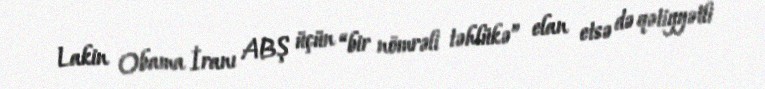
Lakin Obama İranı ABŞ üçün “bir nömrəli təhlükə” elan etsə də qətiyyətli